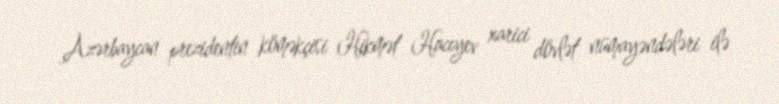
Azərbaycan prezidentin köməkçisi Hikmət Hacıyev xarici dövlət nümayəndələri ilə